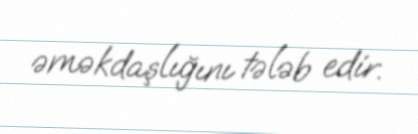
əməkdaşlığını tələb edir.